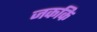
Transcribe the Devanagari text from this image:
जककि